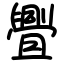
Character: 舋